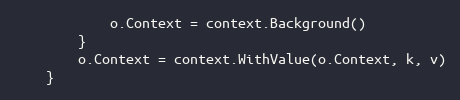
Language: Go
			o.Context = context.Background()
		}
		o.Context = context.WithValue(o.Context, k, v)
	}